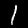
Digit: 1